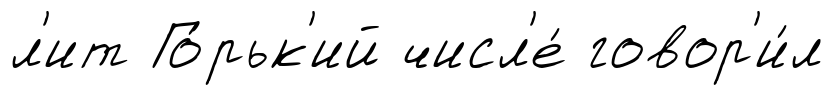
л'ит Го́рьк'ий числ'е́ говор'и́л